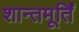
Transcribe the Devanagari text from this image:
शान्तमूर्तिं